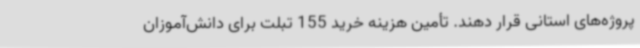
پروژه‌های استانی قرار دهند. تأمین هزینه خرید 155 تبلت برای دانش‌آموزان